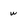
Character: w